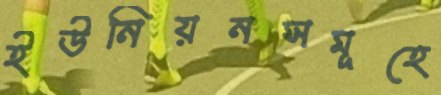
ইউনিয়নসমূহে